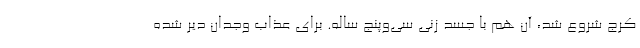
کرج شروع شد، آن هم با جسد زنی سی‌وپنج ساله. برای عذاب وجدان دیر شده